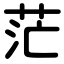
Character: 茫